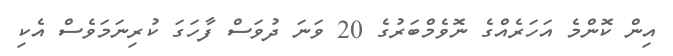
އިން ކޮންމެ އަހަރެއްގެ ނޮވެމްބަރުގެ 20 ވަނަ ދުވަސް ފާހަގަ ކުރިނަމަވެސް އެކި